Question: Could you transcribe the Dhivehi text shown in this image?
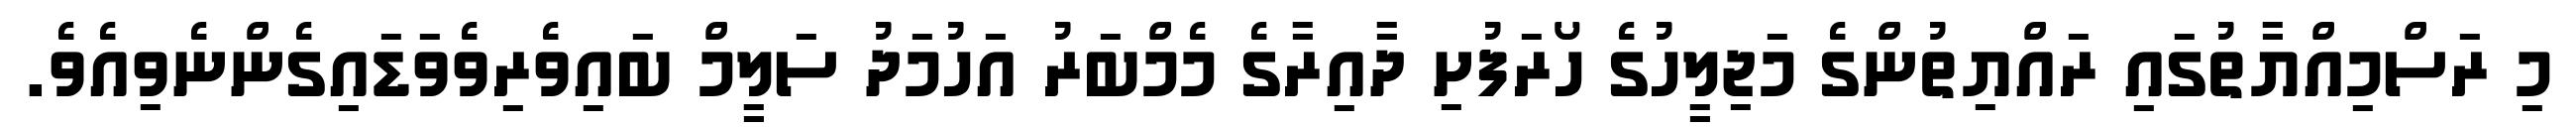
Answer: މި ރަސްމިއްޔާތުގައި ރައްޔިތުންގެ މަޖިލީހުގެ ހޯރަފުށި ދާއިރާގެ މެމްބަރު އަހުމަދު ސަލީމް ބައިވެރިވެވަޑައިގެންނެވިއެވެ.